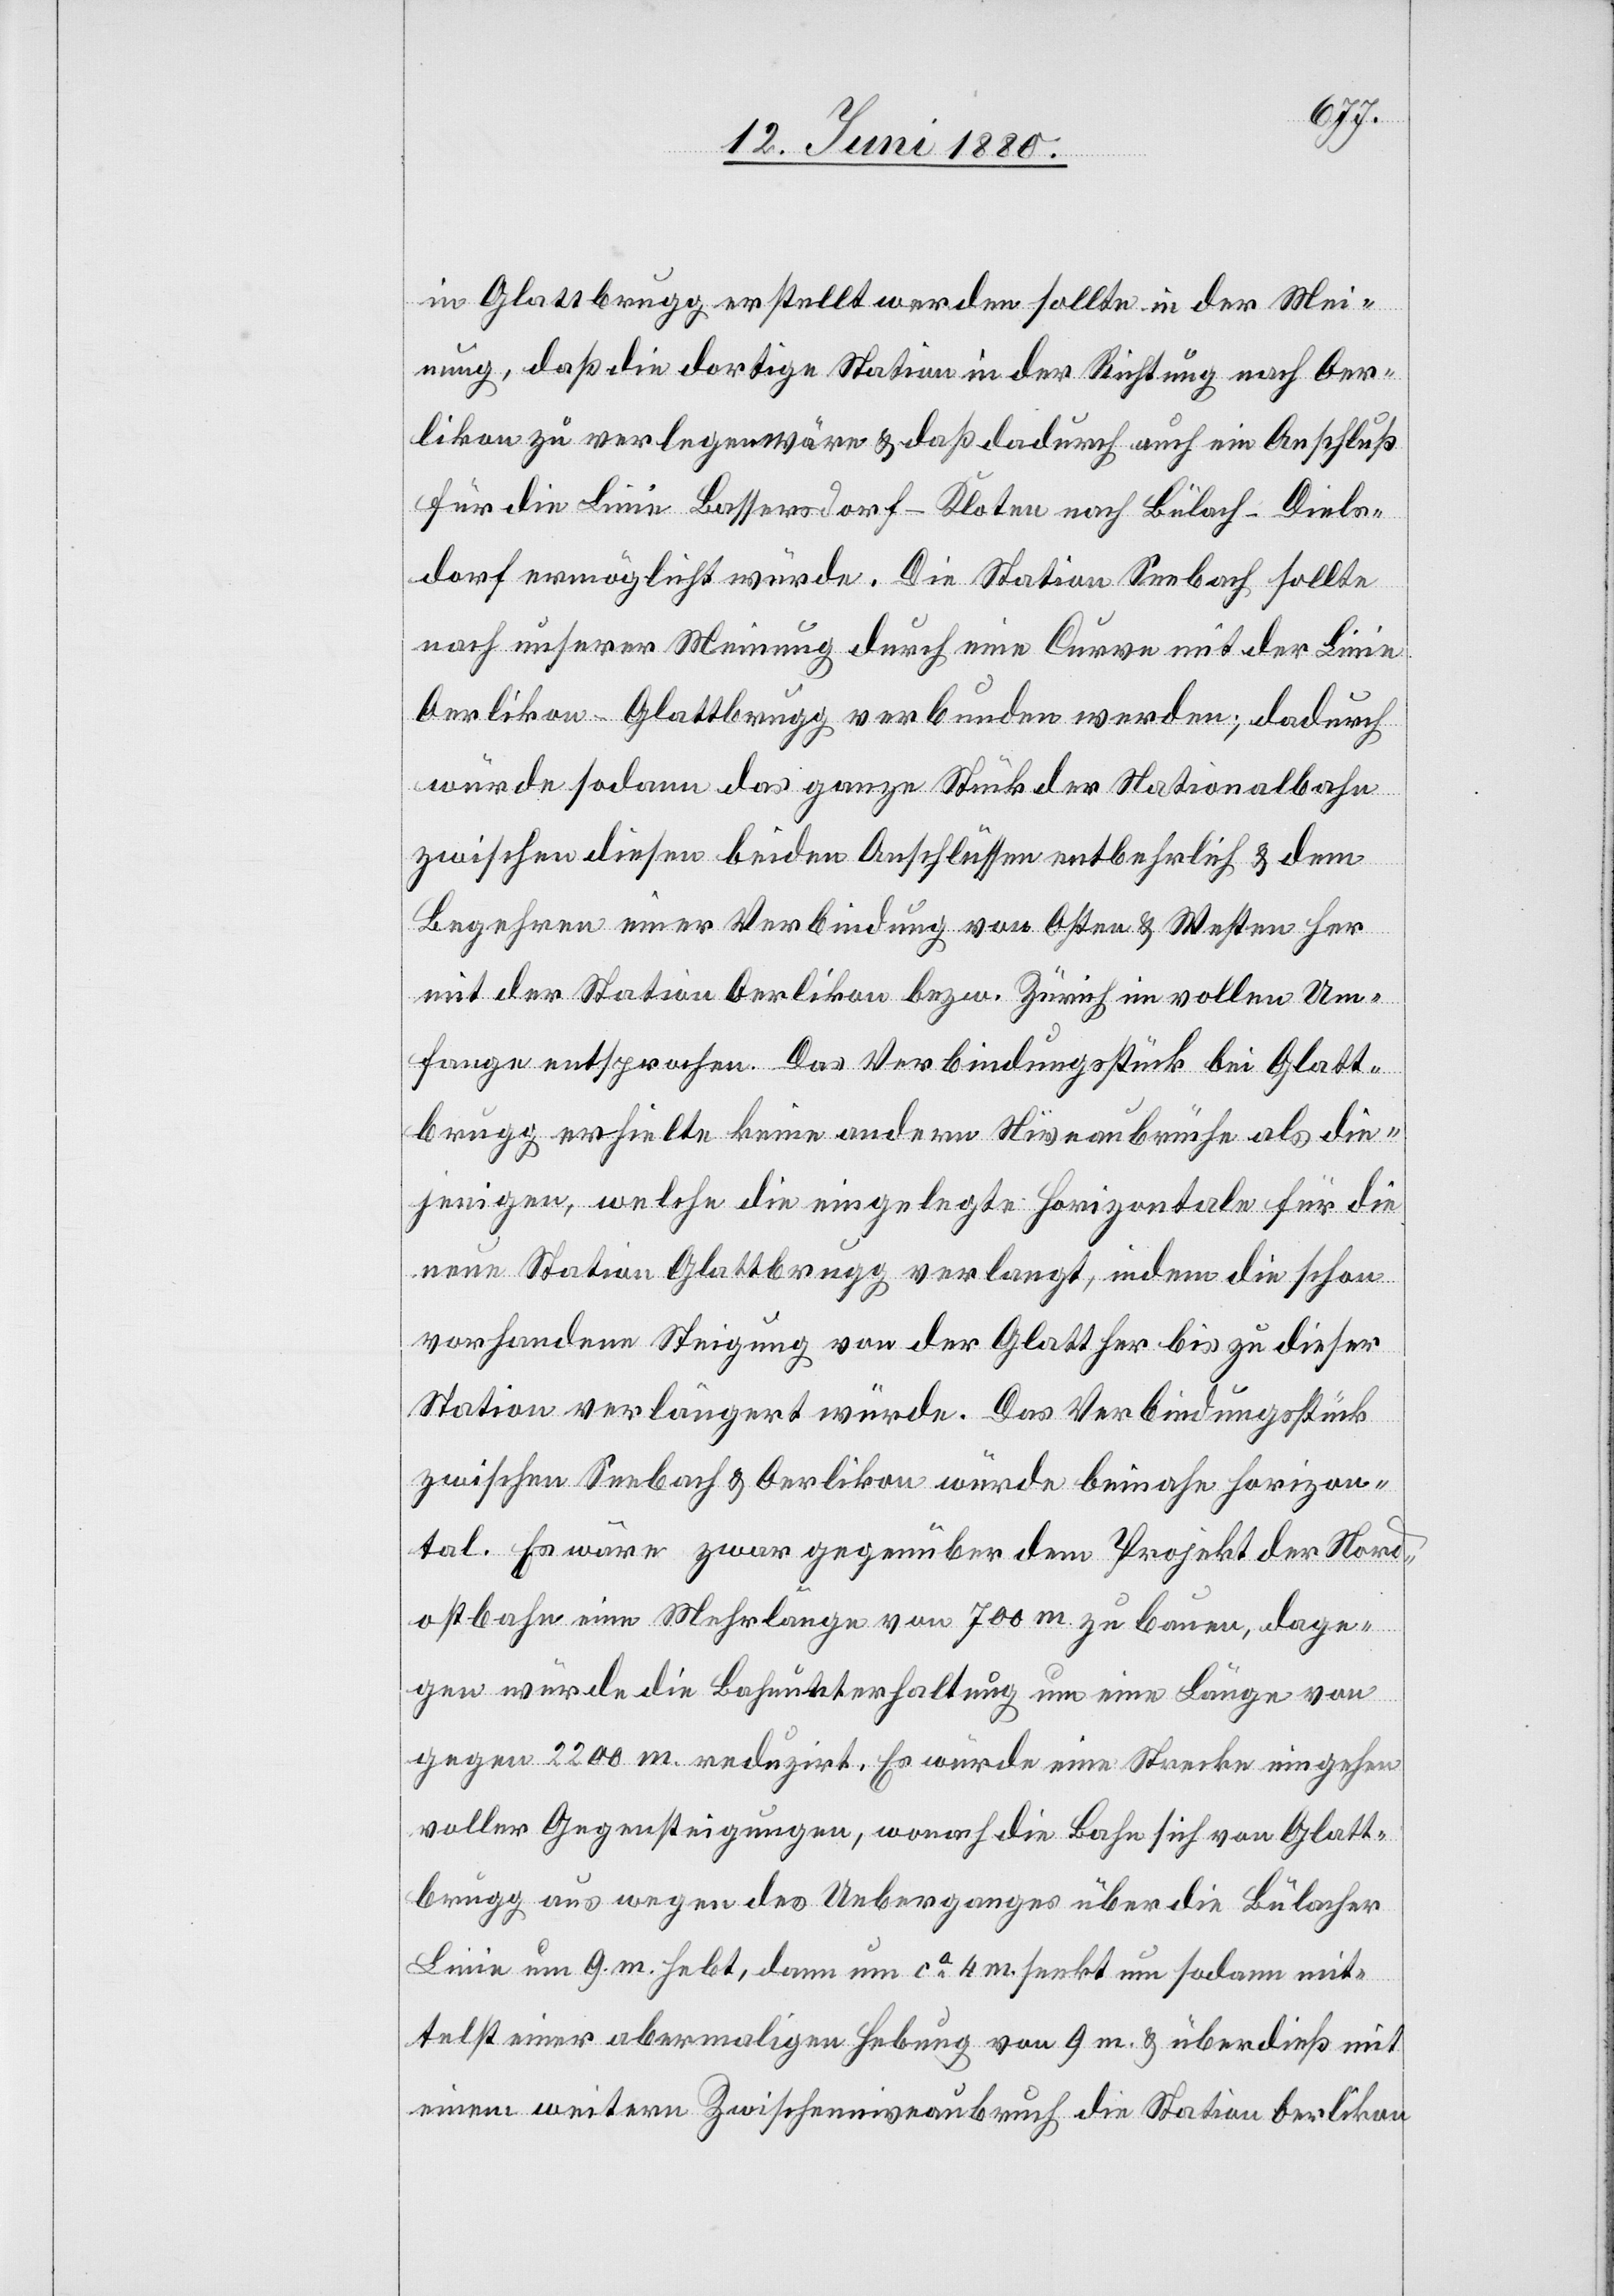
in Glattbrugg erstellt werden sollte in der Mei¬
nung, daß die dortige Station in der Richtung nach Oer¬
likon zu verlegen wäre & daß dadurch auch ein Anschluß
für die Linie Bassersdorf–Kloten nach Bülach–Diels¬
dorf ermöglicht würde. Die Station Seebach sollte
nach unserer Meinung durch eine Curve mit der Linie
Oerlikon–Glattbrugg verbunden werden; dadurch
würde sodann das ganze Stück der Nationalbahn
zwischen diesen beiden Anschlüssen entbehrlich & dem
Begehren einer Verbindung von Osten & Westen her
mit der Station Oerlikon bezw. Zürich im vollen Um¬
fange entsprochen. Das Verbindungsstücke bei Glatt¬
brugg erhielte keine andern Niveaubrüche als die¬
jenigen, welche die eingelegte Horizontale für die
neue Station Glattbrugg verlangt, indem die schon
vorhandene Steigung von der Glatt her bis zu dieser
Station verlängert würde. Das Verbindungsstücke
zwischen Seebach & Oerlikon würde beinahe horizon¬
tal. Es wäre zwar gegenüber dem Projekt der Nord¬
ostbahn eine Mehrlänge von 700 m zu bauen, dage¬
gen würde die Bahnunterhaltung um eine Länge von
gegen 2200 m reduzirt. Es würde eine Strecke eingehen
voller Gegensteigungen, wonach die Bahn sich von Glatt¬
brugg aus wegen des Ueberganges über die Bülacher
Linie um 9 m hebt, dann um ca 4 m senkt um sodann mit¬
telst einer abermaligen Hebung von 9 m & überdieß mit
einem weitern Zwischenniveaubruch die Station Oerlikon